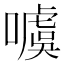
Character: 噳